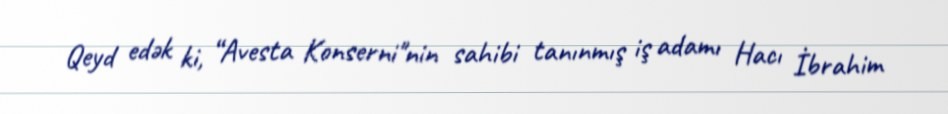
Qeyd edək ki, “Avesta Konserni"nin sahibi tanınmış iş adamı Hacı İbrahim